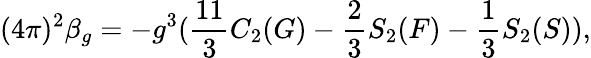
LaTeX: (4\pi)^{2}\beta_{g}=-g^{3}(\frac{11}{3}C_{2}(G)-\frac{2}{3}S_{2}(F)-\frac{1}{3}S_{2}(S)),